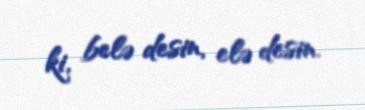
ki, belə desin, elə desin.